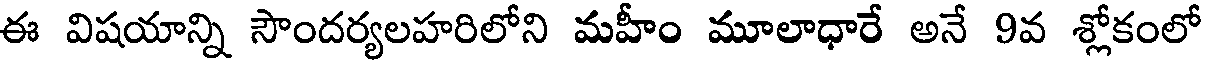
ఈ విషయాన్ని సౌందర్యలహరిలోని మహీం మూలాధారే అనే 9వ శ్లోకంలో